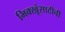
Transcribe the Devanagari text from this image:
भिक्खूंसाठीची